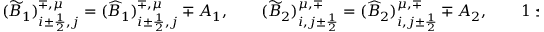
\begin{array} { r } { ( \widetilde B _ { 1 } ) _ { i \pm \frac { 1 } { 2 } , j } ^ { \mp , \mu } = ( \widehat B _ { 1 } ) _ { i \pm \frac { 1 } { 2 } , j } ^ { \mp , \mu } \mp A _ { 1 } , \qquad ( \widetilde B _ { 2 } ) _ { i , j \pm \frac { 1 } { 2 } } ^ { \mu , \mp } = ( \widehat B _ { 2 } ) _ { i , j \pm \frac { 1 } { 2 } } ^ { \mu , \mp } \mp A _ { 2 } , \qquad 1 \leq \mu \leq Q , } \end{array}